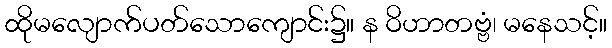
ထိုမလျောက်ပတ်သောကျောင်း၌။ န ဝိဟာတဗ္ဗံ၊ မနေသင့်။